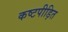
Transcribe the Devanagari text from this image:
कष्टपीड़ित